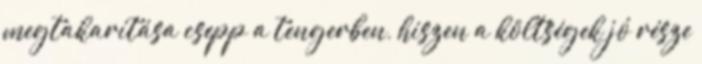
megtakarítása csepp a tengerben, hiszen a költségek jó része